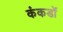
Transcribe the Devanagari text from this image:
कंकडों